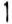
1